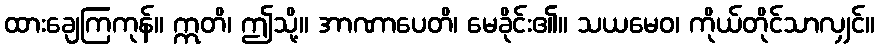
ထားချေကြကုန်။ ဣတိ၊ ဤသို့။ အာဏာပေတိ၊ မေခိုင်း၏။ သယမေဝ၊ ကိုယ်တိုင်သာလျှင်။